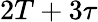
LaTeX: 2T+3\tau